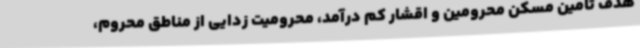
هدف تامین مسکن محرومین و اقشار کم درآمد، محرومیت زدایی از مناطق محروم،